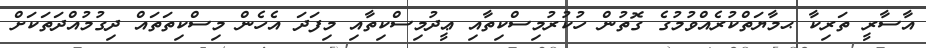
އާސާރީ ތަރިކާ ޙމާޔަތްކުރެއްވުމުގެ ގޮތުން ހުކުރުމިސްކިތާއި ޢީދުމިސްކިތާއި މިފަދަ އެހެން މިސްކިތަތައް ދިގުމުއްދަތަކަށް